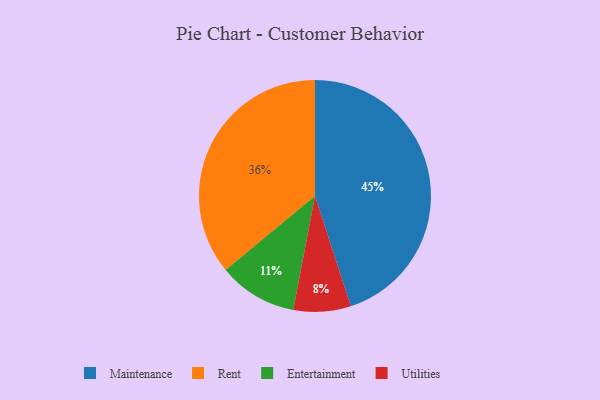
{"axis": {"x": "Category", "y": "Percentage"}, "legend": ["Entertainment", "Maintenance", "Rent", "Utilities"], "data": [{"x": "Maintenance", "y": 45, "type": "Maintenance"}, {"x": "Utilities", "y": 8, "type": "Utilities"}, {"x": "Entertainment", "y": 11, "type": "Entertainment"}, {"x": "Rent", "y": 36, "type": "Rent"}]}